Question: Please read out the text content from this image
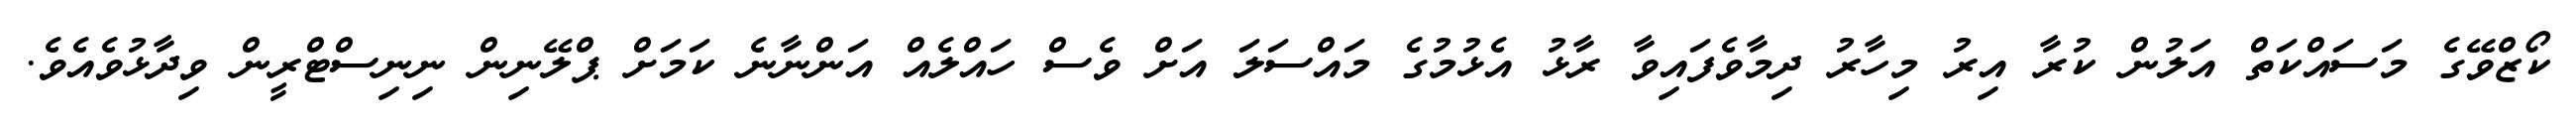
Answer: ކޯޒްވޭގެ މަސައްކަތް އަލުން ކުރާ އިރު މިހާރު ދިމާވެފައިވާ ރާޅު އެޅުމުގެ މައްސަލަ އަށް ވެސް ހައްލެއް އަންނާނެ ކަމަށް ޕްލޭނިން ނިނިސްޓްރީން ވިދާޅުވެއެވެ.